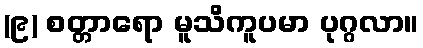
(၉) စတ္တာရော မူသိကူပမာ ပုဂ္ဂလာ။